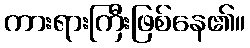
ကားရားကြီးဖြစ်နေ၏။